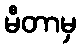
မီတာမှ